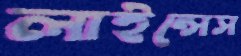
লাইন্সেস